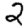
Digit: 2